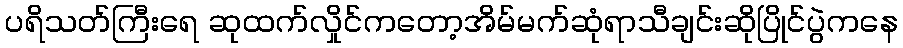
ပရိသတ်ကြီးရေ ဆုထက်လှိုင်ကတော့အိမ်မက်ဆုံရာသီချင်းဆိုပြိုင်ပွဲကနေ